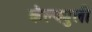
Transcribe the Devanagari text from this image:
कॅल्क्युली